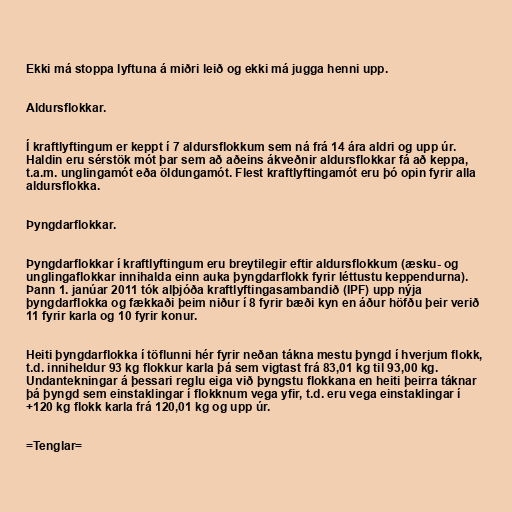
Ekki má stoppa lyftuna á miðri leið og ekki má jugga henni upp.

Aldursflokkar.

Í kraftlyftingum er keppt í 7 aldursflokkum sem ná frá 14 ára aldri og upp úr.
Haldin eru sérstök mót þar sem að aðeins ákveðnir aldursflokkar fá að keppa,
t.a.m. unglingamót eða öldungamót. Flest kraftlyftingamót eru þó opin fyrir alla
aldursflokka.

Þyngdarflokkar.

Þyngdarflokkar í kraftlyftingum eru breytilegir eftir aldursflokkum (æsku- og
unglingaflokkar innihalda einn auka þyngdarflokk fyrir léttustu keppendurna).
Þann 1. janúar 2011 tók alþjóða kraftlyftingasambandið (IPF) upp nýja
þyngdarflokka og fækkaði þeim niður í 8 fyrir bæði kyn en áður höfðu þeir verið
11 fyrir karla og 10 fyrir konur.

Heiti þyngdarflokka í töflunni hér fyrir neðan tákna mestu þyngd í hverjum flokk,
t.d. inniheldur 93 kg flokkur karla þá sem vigtast frá 83,01 kg til 93,00 kg.
Undantekningar á þessari reglu eiga við þyngstu flokkana en heiti þeirra táknar
þá þyngd sem einstaklingar í flokknum vega yfir, t.d. eru vega einstaklingar í
+120 kg flokk karla frá 120,01 kg og upp úr.

=Tenglar=